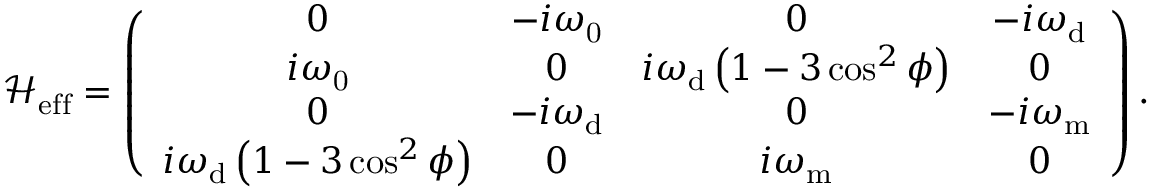
\mathcal { H } _ { \mathrm { { e f f } } } = \left( \begin{array} { c c c c } { 0 } & { - i \omega _ { \mathrm { 0 } } } & { 0 } & { - i \omega _ { \mathrm { d } } } \\ { i \omega _ { \mathrm { 0 } } } & { 0 } & { i \omega _ { \mathrm { d } } \left( 1 - 3 \cos ^ { 2 } \phi \right) } & { 0 } \\ { 0 } & { - i \omega _ { \mathrm { d } } } & { 0 } & { - i { \omega } _ { \mathrm { m } } } \\ { i \omega _ { \mathrm { d } } \left( 1 - 3 \cos ^ { 2 } \phi \right) } & { 0 } & { i { \omega } _ { \mathrm { m } } } & { 0 } \end{array} \right) .